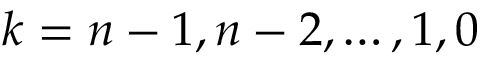
k = n - 1 , n - 2 , \ldots , 1 , 0